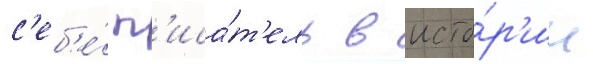
с'еб'е́ п'иса́т'ель в исто́р'ии